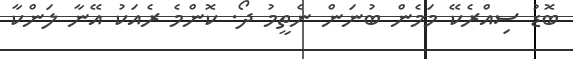
ބޮޑު ސިއްރެކޭ މަމެން ބުނަން ނެތީމު ދޯ. ކޮންމެ ރެއަކު އޭނާ ލަންކާ